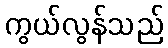
ကွယ်လွန်သည်